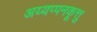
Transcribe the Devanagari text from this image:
अय्यप्पनकूत्तु